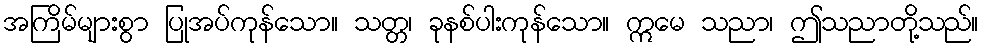
အကြိမ်များစွာ ပြုအပ်ကုန်သော။ သတ္တ၊ ခုနစ်ပါးကုန်သော။ ဣမေ သညာ၊ ဤသညာတို့သည်။